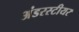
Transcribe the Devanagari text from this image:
अंडरस्टीयर